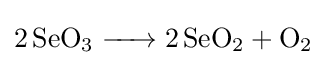
{\ce {2 SeO3 -> 2 SeO2 + O2}}